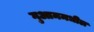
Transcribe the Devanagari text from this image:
गुआममधील